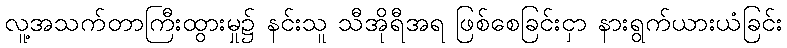
လူ့အသက်တာကြီးထွားမှု၌ နင်းသူ သီအိုရီအရ ဖြစ်စေခြင်းငှာ နားရွက်ယားယံခြင်း